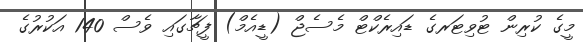
މީގެ ކުރިން ޓުވިޓަރގެ ޑައިރެކްޓް މެސެޖް (ޑީއެމް) ފީޗާގައި ވެސް 140 އަކުރުގެ